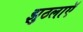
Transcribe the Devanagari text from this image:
झुठलाएॅ